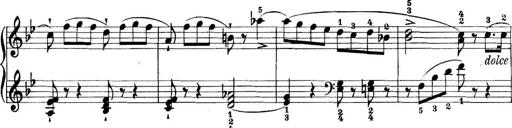
Title: 11 Sonatinas
Composer: Anton Diabelli